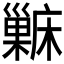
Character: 𱜖